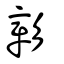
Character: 彰